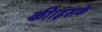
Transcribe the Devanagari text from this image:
की।इसके